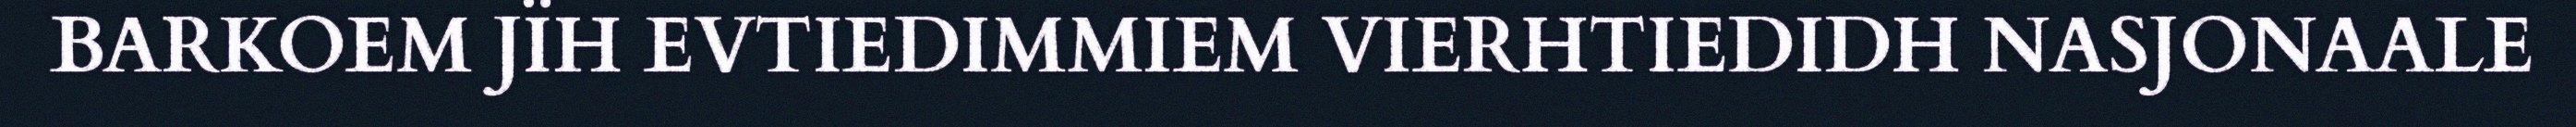
BARKOEM JÏH EVTIEDIMMIEM VIERHTIEDIDH NASJONAALE